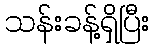
သန်းခန့်ရှိပြီး